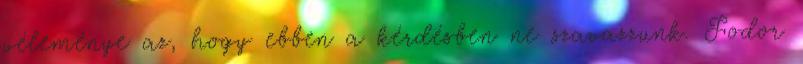
véleménye az, hogy ebben a kérdésben ne szavazzunk. Fodor